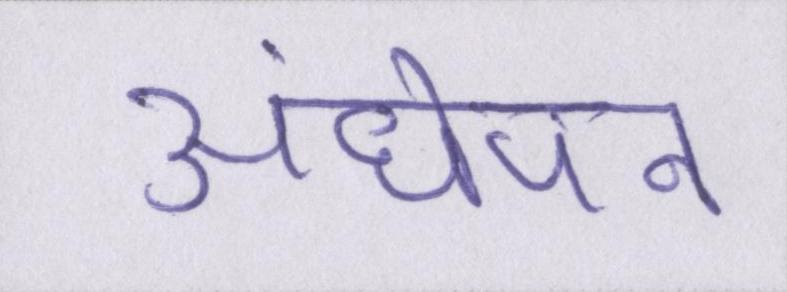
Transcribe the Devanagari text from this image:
अंधेपन